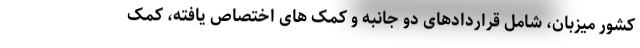
کشور میزبان، شامل قراردادهای دو جانبه و کمک های اختصاص یافته، کمک